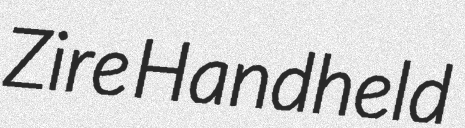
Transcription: Zire Handheld